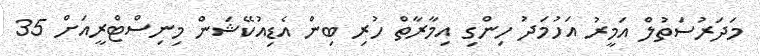
މަދަރުސަތުލް އަމީރު އަހުމަދު ހިންގި އިމާރާތް ހުރި ބިން އެޑިއުކޭޝަން މިނިސްޓްރީއަށް 35